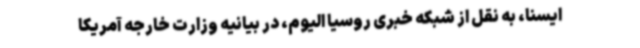
ایسنا، به نقل از شبکه خبری روسیا الیوم، در بیانیه وزارت خارجه آمریکا